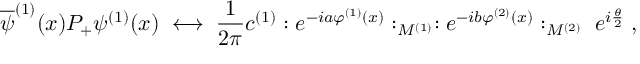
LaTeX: \overline { { { \psi } } } ^ { ( 1 ) } ( x ) P _ { + } \psi ^ { ( 1 ) } ( x ) \; \longleftrightarrow \; \frac { 1 } { 2 \pi } c ^ { ( 1 ) } : e ^ { - i a \varphi ^ { ( 1 ) } ( x ) } : _ { M ^ { ( 1 ) } } : e ^ { - i b \varphi ^ { ( 2 ) } ( x ) } : _ { M ^ { ( 2 ) } } \; e ^ { i \frac { \theta } { 2 } } \; ,